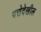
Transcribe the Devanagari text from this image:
पत्तेदेखील